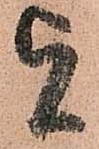
旨